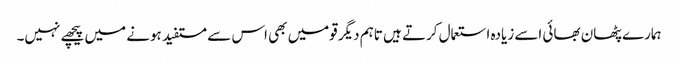
ہمارے پٹھان بھائی اسے زیادہ استعمال کرتے ہیں تاہم دیگر قومیں بھی اس سے مستفید ہونے میں پیچھے نہیں۔